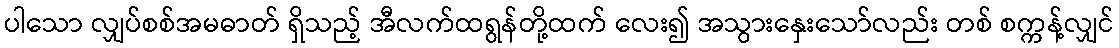
ပါသော လျှပ်စစ်အမဓာတ် ရှိသည့် အီလက်ထရွန်တို့ထက် လေး၍ အသွားနှေးသော်လည်း တစ် စက္ကန့်လျှင်